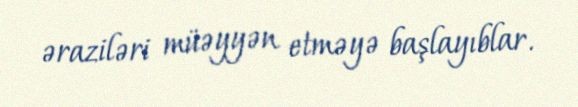
əraziləri müəyyən etməyə başlayıblar.